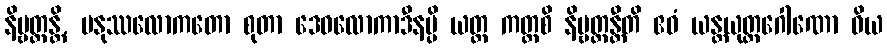
နိဗ္ဗတ္တန္တိ, မနုဿလောကတော စုတာ ဒေဝလောကာဒီနမ္ပိ ယတ္ထ ကတ္ထစိ နိဗ္ဗတ္တန္တီတိ ဧဝံ ယန္တယုတ္တဂေါဏော ဝိယ